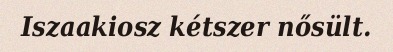
Iszaakiosz kétszer nősült.